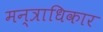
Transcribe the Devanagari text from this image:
मन्त्राधिकार